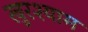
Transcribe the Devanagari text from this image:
खुरश्याम